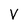
Character: v